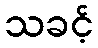
သခင့်